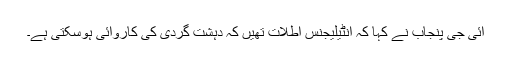
آئی جی پنجاب نے کہا کہ انٹیلیجنس اطلات تھیں کہ دہشت گردی کی کاروائی ہوسکتی ہے۔